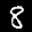
Label: 8